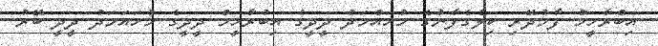
އިބްރާހީމް ފާމުދޭރި ކިލެގެފާނުގެ މުހައްމަދު ދީދީގެ އިބުރާހީމް ދީދީގެ މުހައަމަދު ދީދީ ބޭރު